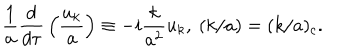
{ \frac { 1 } { a } } { \frac { d } { d \tau } } \left( { \frac { u _ { k } } { a } } \right) \equiv - i { \frac { k } { a ^ { 2 } } } u _ { k } , \ ( k / a ) = ( k / a ) _ { c } .